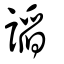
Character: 謟